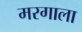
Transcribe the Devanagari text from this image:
मरगाला